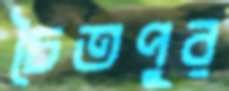
চৈতপুর